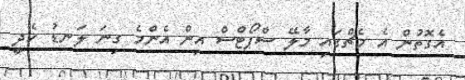
އެގޮތުން އެ މެޗްގައި މާލޭ ސްޕޯޓްސް އިން އެންމެ ގިނަ ލަނޑު ހެދީ